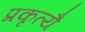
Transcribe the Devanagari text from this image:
प्रकृत्यै